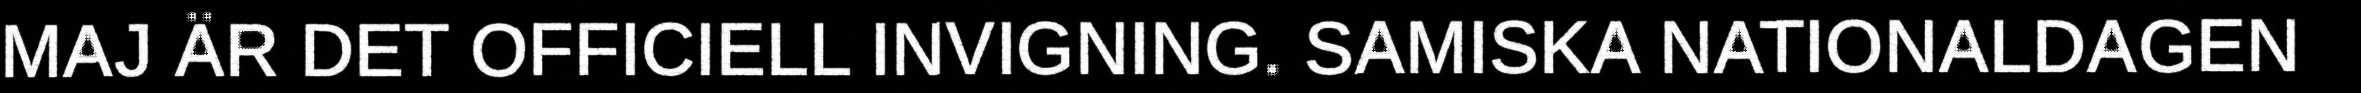
MAJ ÄR DET OFFICIELL INVIGNING. SAMISKA NATIONALDAGEN